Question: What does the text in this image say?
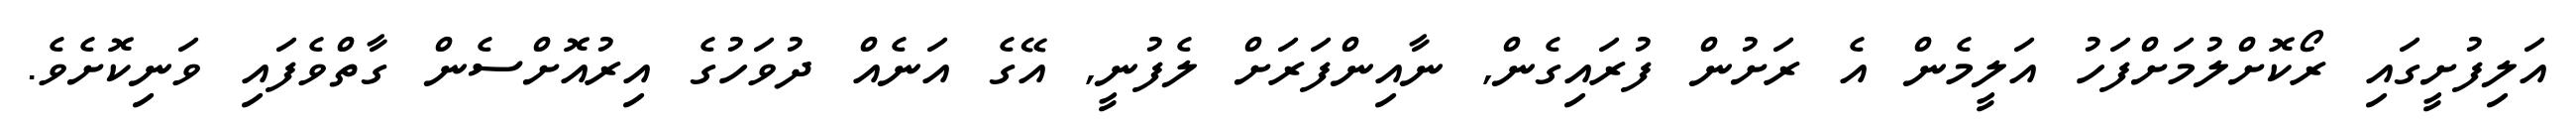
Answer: އަލިފުށީގައި ރޯކޮށްލުމަށްފަހު އަލީމެން އެ ރަށުން ފުރައިގެން, ނާއިންފަރަށް ލެފުނީ, އޭގެ އަނެއް ދުވަހުގެ އިރުއޮށްސެން ގާތްވެފައި ވަނިކޮށެވެ.